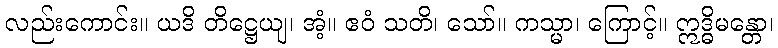
လည်းကောင်း။ ယဒိ တိဋ္ဌေယျ၊ အံ့။ ဧဝံ သတိ၊ သော်။ ကသ္မာ၊ ကြောင့်။ ဣဒ္ဓိမန္တော၊